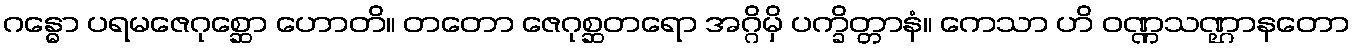
ဂန္ဓော ပရမဇေဂုစ္ဆော ဟောတိ။ တတော ဇေဂုစ္ဆတရော အဂ္ဂိမှိ ပက္ခိတ္တာနံ။ ကေသာ ဟိ ဝဏ္ဏသဏ္ဌာနတော